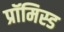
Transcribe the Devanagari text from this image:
प्रॉमिस्ड